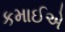
કમાઈએ